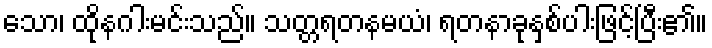
သော၊ ထိုနဂါးမင်းသည်။ သတ္တရတနမယံ၊ ရတနာခုနှစ်ပါးဖြင့်ပြီး၏။